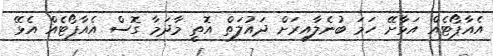
އެއާޕޯޓެއް އަޅާށޭ ހަމަ ބުނެލާއިރަށް ދައުލަތް އޮތީ މާދަމާ ގޮސް އެއާޕޯޓެއް އެޅޭ